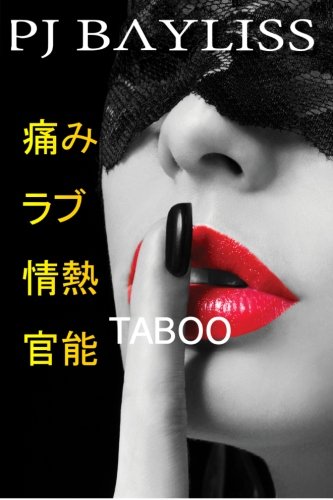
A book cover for Taboo: Japanese Haiku, Senyru, and Tanka Poetry; P J Bayliss; Literature & Fiction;